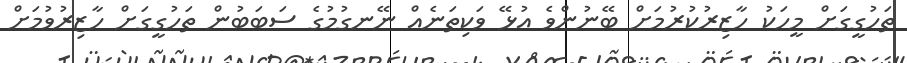
ތަހުގީގަށް މީހަކު ހާޒިރުކުރުމަށް ބޭނުންވެ އުޅޭ ވަކިތަނެއް ނޭނގުމުގެ ސަބަބުން ތަހުގީގަށް ހާޒިރުވުމަށް